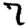
Digit: 7